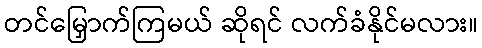
တင်မြှောက်ကြမယ် ဆိုရင် လက်ခံနိုင်မလား။